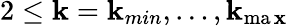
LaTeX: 2\leq\mathbf{k}=\mathbf{k}_{min},\ldots,\mathbf{k}_{\operatorname*{ma\mathbf{x}}}